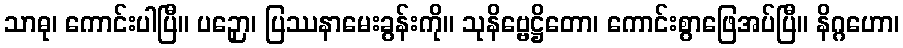
သာဓု၊ ကောင်းပါပြီ။ ပဉှော၊ ပြဿနာမေးခွန်းကို။ သုနိဗ္ဗေဋ္ဌိတော၊ ကောင်းစွာဖြေအပ်ပြီ။ နိဂ္ဂဟော၊